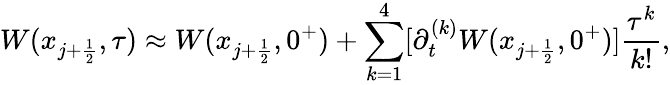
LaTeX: W(x_{j+\frac{1}{2}},\tau)\approx W(x_{j+\frac{1}{2}},0^{+})+\sum_{k=1}^{4}[\partial_{t}^{(k)}W(x_{j+\frac{1}{2}},0^{+})]\frac{\tau^{k}}{k!},